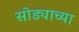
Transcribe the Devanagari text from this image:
सोड्याच्या